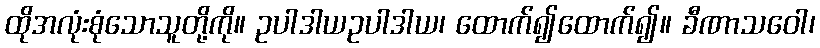
ထိုအလုံးစုံသောသူတို့ကို။ ဥပါဒါယဥပါဒါယ၊ ထောက်၍ထောက်၍။ ခီဏာသဝေါ၊